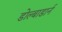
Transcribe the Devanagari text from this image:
डोल्बाडार्न